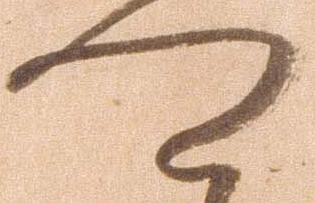
可